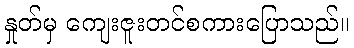
နှုတ်မှ ကျေးဇူးတင်စကားပြောသည်။